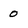
Character: 0